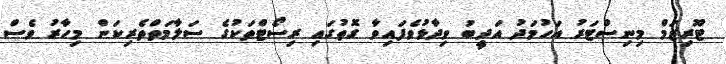
ޓޫރިޒަމް މިނިސްޓަރު އަހުމަދު އަދީބު ވިދާޅުވެފައިވާ ގޮތުގައި ރިސޯޓްތަކުގެ ސަލާމަތްތެރިކަން މިހާރު ވެސް